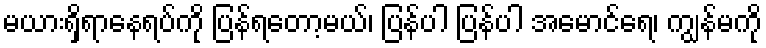
မယားရှိရာနေရပ်ကို ပြန်ရတော့မယ်၊ ပြန်ပါ ပြန်ပါ အမောင်ရေ၊ ကျွန်မကို